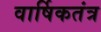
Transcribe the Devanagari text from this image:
वार्षिकतंत्र